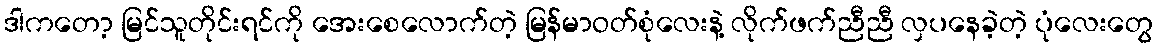
ဒါကတော့ မြင်သူတိုင်းရင်ကို အေးစေလောက်တဲ့ မြန်မာဝတ်စုံလေးနဲ့ လိုက်ဖက်ညီညီ လှပနေခဲ့တဲ့ ပုံလေးတွေ